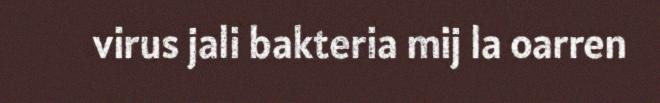
virus jali bakteria mij la oarren